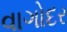
વાગોદર